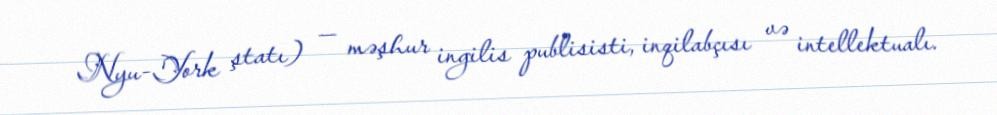
Nyu-York ştatı) — məşhur ingilis publisisti, inqilabçısı və intellektualı.